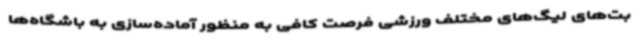
بت‌های لیگ‌های مختلف ورزشی فرصت کافی به منظور آماده‌سازی به باشگاه‌ها